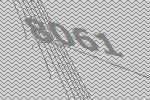
8061